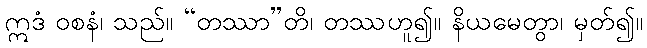
ဣဒံ ဝစနံ၊ သည်။ “တဿာ”တိ၊ တဿဟူ၍။ နိယမေတွာ၊ မှတ်၍။